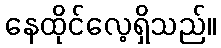
နေထိုင်လေ့ရှိသည်။